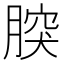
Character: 𦝬